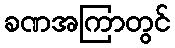
ခဏအကြာတွင်